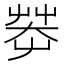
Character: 𱽞